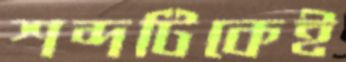
শব্দটিকেই